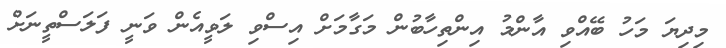
މިދިޔަ މަހު ބޭއްވި އާންމު އިންތިހާބުން މަގާމަށް އިސްވި ލަވީއެން ވަނީ ފަލަސްތީނަށް